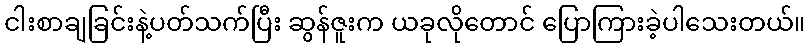
ငါးစာချခြင်းနဲ့ပတ်သက်ပြီး ဆွန်ဇူးက ယခုလိုတောင် ပြောကြားခဲ့ပါသေးတယ်။